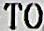
TO